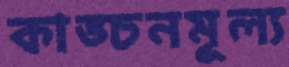
কাঙ্চনমূল্য